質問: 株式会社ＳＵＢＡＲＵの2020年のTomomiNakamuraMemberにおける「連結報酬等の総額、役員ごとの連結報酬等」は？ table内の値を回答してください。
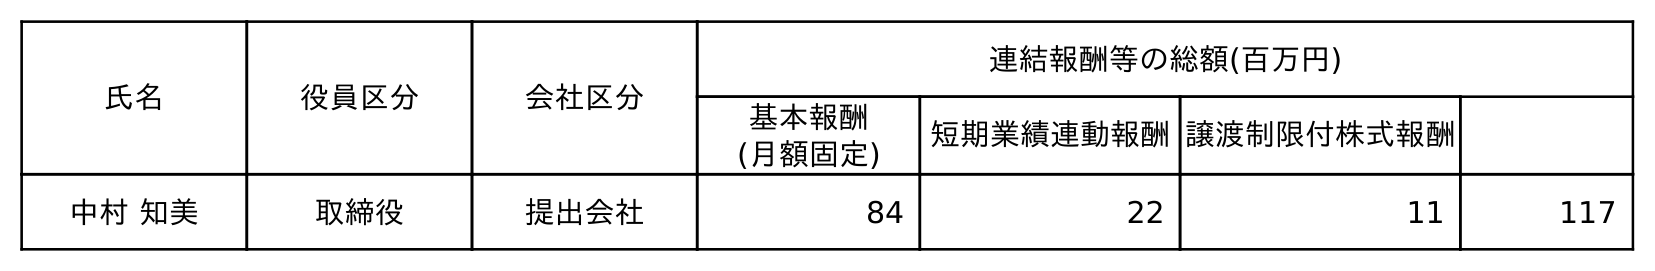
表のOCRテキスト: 氏名 役員区分 会社区分 連結報酬等の総額(百万円) 基本報酬 (月額固定) 短期業績連動報酬譲渡制限付株式報酬 中村 知美 取締役 提出会社 84 22 11 117
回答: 117